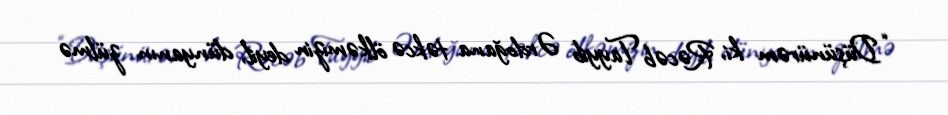
“Düşünürəm ki, Rəcəb Tayyib Ərdoğana təkcə ölkəmizin deyil, dünyanın zülmə